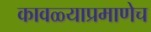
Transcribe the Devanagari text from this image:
कावळ्याप्रमाणेच